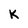
Character: K